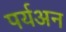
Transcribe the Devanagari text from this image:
पर्यअन